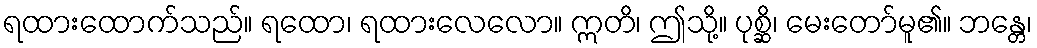
ရထားထောက်သည်။ ရထော၊ ရထားလေလော။ ဣတိ၊ ဤသို့။ ပုစ္ဆိ၊ မေးတော်မူ၏။ ဘန္တေ၊